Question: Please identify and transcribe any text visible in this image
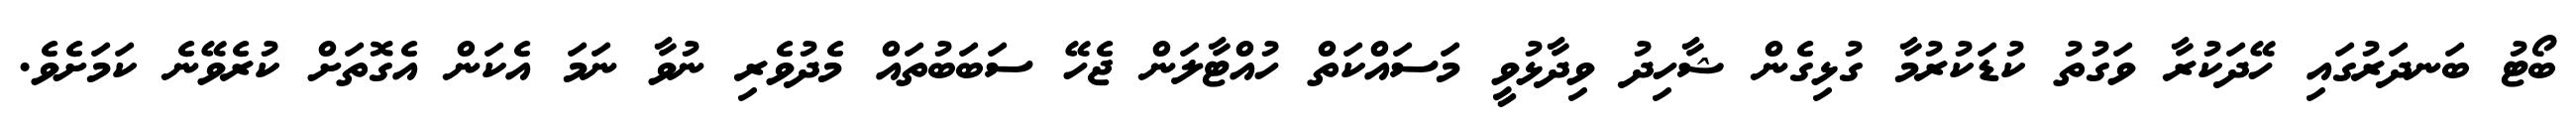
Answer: ބޯޓު ބަނދަރުގައި ހޭދަކުރާ ވަގުތު ކުޑަކުރުމާ ގުޅިގެން ޝާހިދު ވިދާޅުވީ މަސައްކަތް ހުއްޓާލަން ޖެހޭ ސަބަބުތައް މެދުވެރި ނުވާ ނަމަ އެކަން އެގޮތަށް ކުރެވޭނެ ކަމަށެވެ.